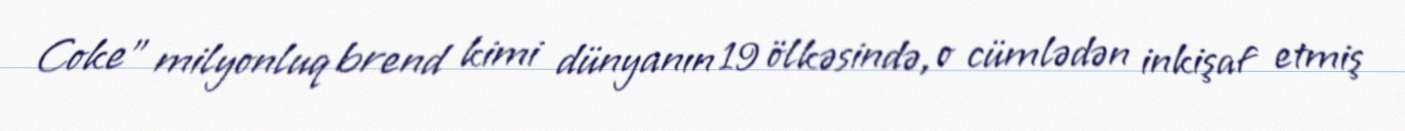
Coke" milyonluq brend kimi dünyanın 19 ölkəsində, o cümlədən inkişaf etmiş